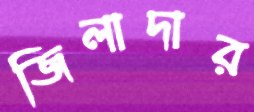
জিলাদার